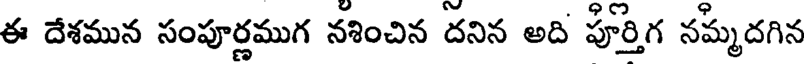
ఈ దేశమున సంపూర్ణముగ నశించిన దనిన అది పూర్తిగ నమ్మదగిన